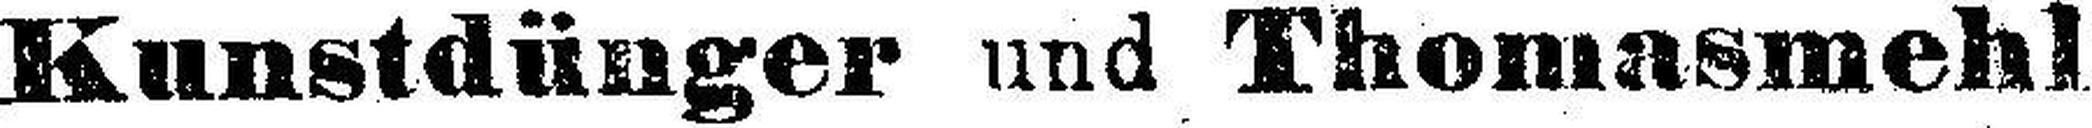
Kunstdünger und Thomasmehl